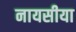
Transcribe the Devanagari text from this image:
नायसीया